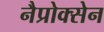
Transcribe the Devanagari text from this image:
नैप्रोक्सेन